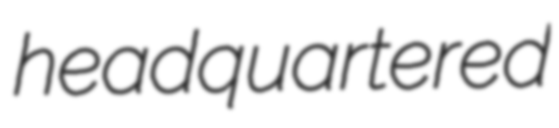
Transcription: headquartered